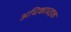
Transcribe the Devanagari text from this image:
अधिकाधइक